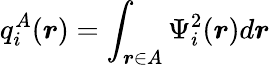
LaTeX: q_{i}^{A}(\boldsymbol{r})=\int_{\boldsymbol{r}\in A}\Psi_{i}^{2}(\boldsymbol{r})d\boldsymbol{r}